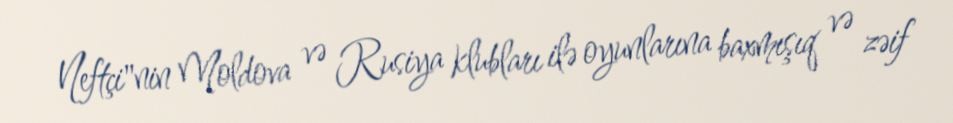
Neftçi"nin Moldova və Rusiya klubları ilə oyunlarına baxmışıq və zəif